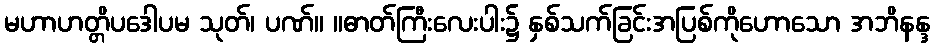
မဟာဟတ္တိပဒေါပမ သုတ်၊ ပဏ်။ ။ဓာတ်ကြီးလေးပါး၌ နှစ်သက်ခြင်းအပြစ်ကိုဟောသော အဘိနန္ဒ